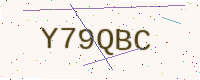
Text: Y79QBC